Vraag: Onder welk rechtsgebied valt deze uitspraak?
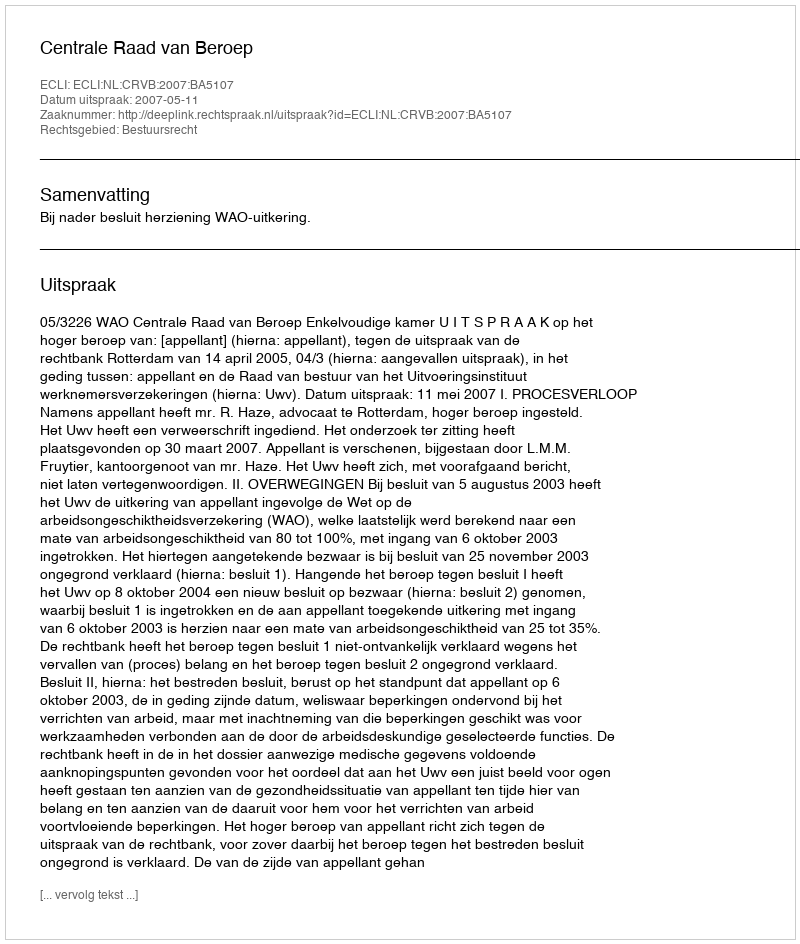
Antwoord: Bestuursrecht